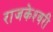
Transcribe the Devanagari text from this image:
राजकेश्‍वरी